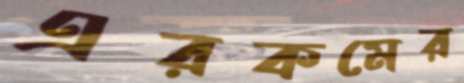
এরকমের